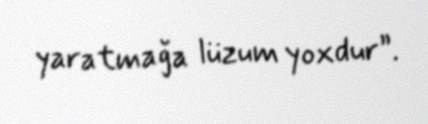
yaratmağa lüzum yoxdur”.